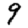
Digit: 9